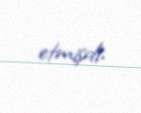
etmişdi.